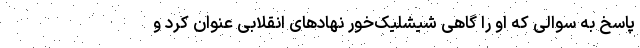
پاسخ به سوالی که او را گاهی شیشلیک‌خور نهادهای انقلابی عنوان کرد و